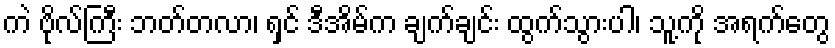
ကဲ ဗိုလ်ကြီး ဘတ်တလာ၊ ရှင် ဒီအိမ်က ချက်ချင်း ထွက်သွားပါ၊ သူ့ကို အရက်တွေ